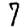
Digit: 7